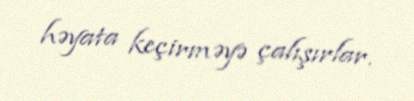
həyata keçirməyə çalışırlar.